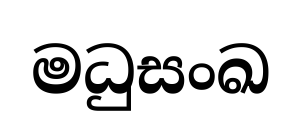
මධුසංඛ